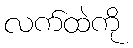
လက်ထဲကို